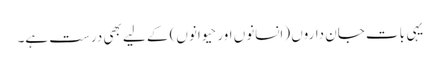
یہی بات جان داروں (انسانوں اور حیوانوں) کے لیے بھی درست ہے۔